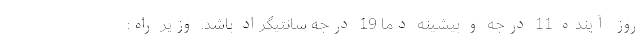
روز آینده 11 درجه و بیشینه دما 19 درجه سانتیگراد باشد. وزیر راه‌: